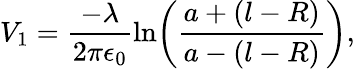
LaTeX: V_{1}=\frac{-\lambda}{2\pi\epsilon_{0}}\ln\! \left(\frac{a+(l-R)}{a-(l-R)}\right),